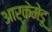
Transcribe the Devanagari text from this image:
आर्केमेडू